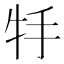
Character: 𤘶